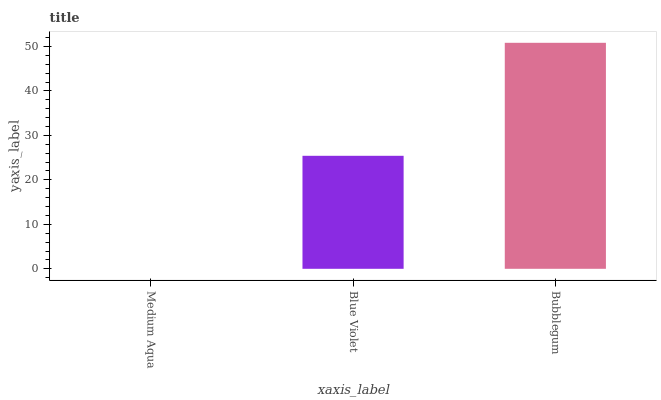
| xaxis_label | bars |
 | --- | --- |
 | Medium Aqua | 0 |
 | Blue Violet | 25.4 |
 | Bubblegum | 50.8 |